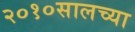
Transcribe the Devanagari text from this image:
२०१०सालच्या